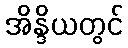
အိန္ဒိယတွင်